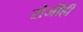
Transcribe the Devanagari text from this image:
रोजीही